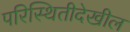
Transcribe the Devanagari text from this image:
परिस्थितीदेखील